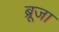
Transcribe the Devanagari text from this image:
ब्रूजा